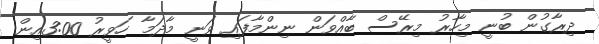
ދިރާގުން ބުނީ މިހާރު މިރޭސް ބާއްވަން ނިންމާފައި ވަނީ މާދަމާ ހަވީރު 3:00އިން